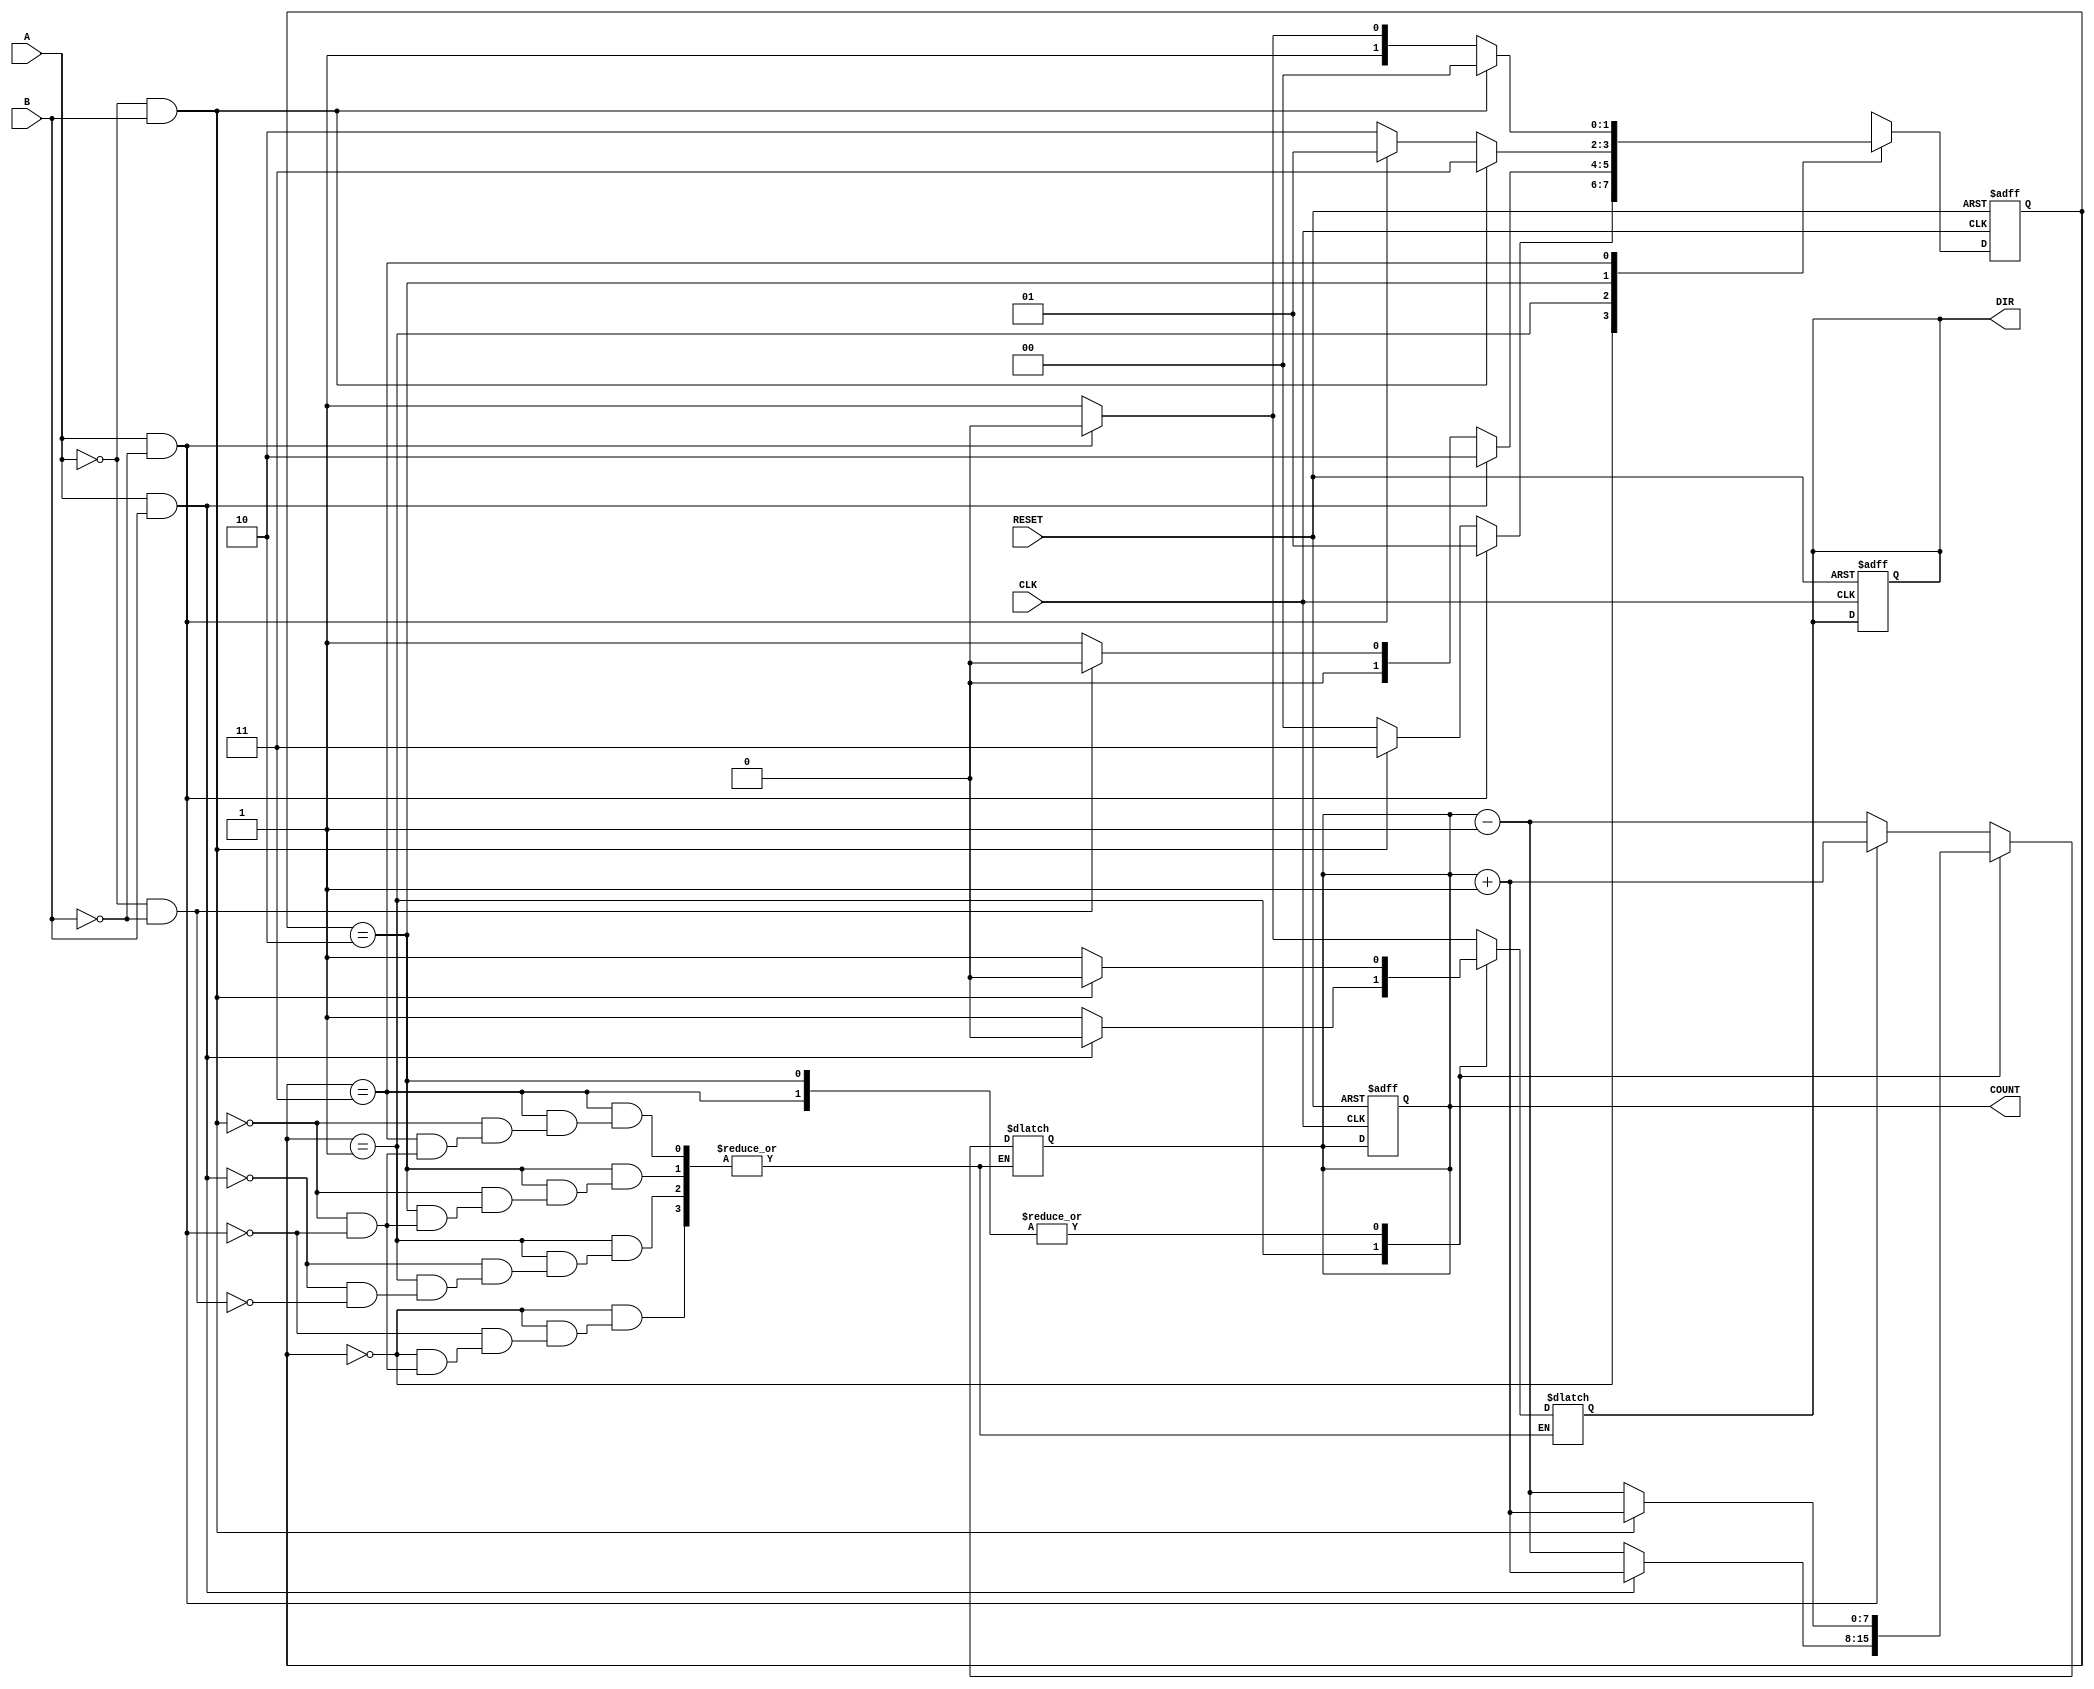
module rotary_encoder (
    input wire A,          // First output signal from the rotary encoder
    input wire B,          // Second output signal from the rotary encoder
    input wire CLK,        // Clock signal (not used in this combinational design)
    input wire RESET,      // Reset signal to initialize the state
    output reg [7:0] COUNT, // 8-bit binary output representing total count
    output reg DIR         // Direction of rotation (0 for CW, 1 for CCW)
);

    // Define states
    reg [1:0] current_state;
    reg [1:0] next_state;

    // State encoding
    parameter S00 = 2'b00;
    parameter S01 = 2'b01;
    parameter S11 = 2'b10;
    parameter S10 = 2'b11;

    // Initial state
    initial begin
        COUNT = 0;
        DIR = 0;
        current_state = S00;
    end

    // State transition and output logic
    always @(*) begin
        case (current_state)
            S00: begin
                if (A && !B) begin
                    next_state = S01; // 00 -> 01 (CW)
                    COUNT = COUNT + 1;
                    DIR = 0; // CW
                end else if (!A && B) begin
                    next_state = S10; // 00 -> 10 (CCW)
                    COUNT = COUNT - 1;
                    DIR = 1; // CCW
                end else begin
                    next_state = S00; // Stay in S00
                    COUNT = COUNT;
                    DIR = DIR; // Maintain current direction
                end
            end
            
            S01: begin
                if (A && B) begin
                    next_state = S11; // 01 -> 11 (CW)
                    COUNT = COUNT + 1;
                    DIR = 0; // CW
                end else if (!A && !B) begin
                    next_state = S00; // 01 -> 00 (CCW)
                    COUNT = COUNT - 1;
                    DIR = 1; // CCW
                end else begin
                    next_state = S01; // Stay in S01
                    COUNT = COUNT;
                    DIR = DIR;
                end
            end
            
            S11: begin
                if (!A && B) begin
                    next_state = S10; // 11 -> 10 (CW)
                    COUNT = COUNT + 1;
                    DIR = 0; // CW
                end else if (A && !B) begin
                    next_state = S01; // 11 -> 01 (CCW)
                    COUNT = COUNT - 1;
                    DIR = 1; // CCW
                end else begin
                    next_state = S11; // Stay in S11
                    COUNT = COUNT;
                    DIR = DIR;
                end
            end

            S10: begin
                if (!A && B) begin
                    next_state = S00; // 10 -> 00 (CW)
                    COUNT = COUNT + 1;
                    DIR = 0; // CW
                end else if (A && !B) begin
                    next_state = S11; // 10 -> 11 (CCW)
                    COUNT = COUNT - 1;
                    DIR = 1; // CCW
                end else begin
                    next_state = S10; // Stay in S10
                    COUNT = COUNT;
                    DIR = DIR;
                end
            end
            
            default: begin
                next_state = S00; // Default to initial state
                COUNT = COUNT;
                DIR = DIR;
            end
        endcase
    end

    // State update and reset logic
    always @(posedge CLK or posedge RESET) begin
        if (RESET) begin
            COUNT <= 0;
            DIR <= 0;
            current_state <= S00;
        end else begin
            current_state <= next_state;
        end
    end

endmodule